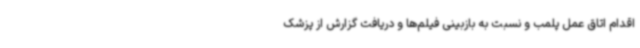
اقدام اتاق عمل پلمب و نسبت به بازبینی فیلم‌ها و دریافت گزارش از پزشک